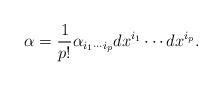
LaTeX: \begin{align*}\alpha = {1\over p!} \alpha_{i_1 \cdots i_p} dx^{i_1} \cdots dx^{i_p}.\end{align*}